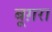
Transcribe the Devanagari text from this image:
बूग़रा